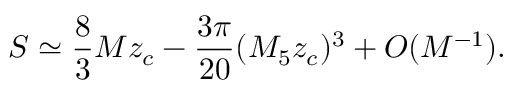
S \simeq \frac { 8 } { 3 } M z _ { c } - \frac { 3 \pi } { 2 0 } ( M _ { 5 } z _ { c } ) ^ { 3 } + O ( M ^ { - 1 } ) .